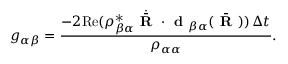
g _ { \alpha \beta } = \frac { - 2 \mathrm { R e } ( \rho _ { \beta \alpha } ^ { * } \dot { \bar { \textbf { R } } } \cdot \textbf { d } _ { \beta \alpha } ( \bar { \textbf { R } } ) ) \, \Delta t } { \rho _ { \alpha \alpha } } .